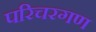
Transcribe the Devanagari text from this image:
परिचरगण